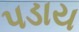
પડાય